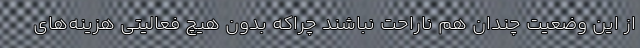
از این وضعیت چندان هم ناراحت نباشند چراکه بدون هیچ فعالیتی هزینه‌های